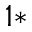
^ { 1 * }